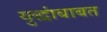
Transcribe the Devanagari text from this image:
युद्धांबाबत